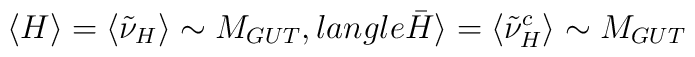
\langle H\rangle=\langle\tilde{\nu}_H\rangle\sim M_{GUT}, \ \\langle\bar{H}\rangle=\langle\tilde{{\nu}}_H^c\rangle\sim M_{GUT}